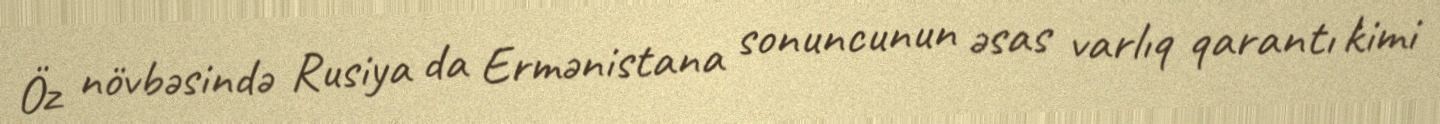
Öz növbəsində Rusiya da Ermənistana sonuncunun əsas varlıq qarantı kimi